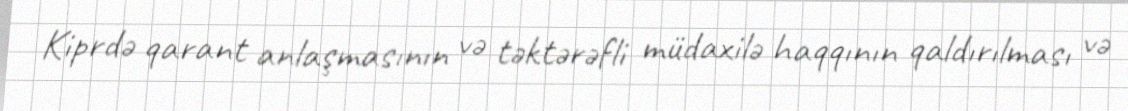
Kiprdə qarant anlaşmasının və təktərəfli müdaxilə haqqının qaldırılması və